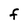
Character: F